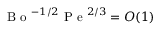
\mathrm { ~ B ~ o ~ } ^ { - 1 / 2 } \mathrm { ~ P ~ e ~ } ^ { 2 / 3 } = O ( 1 )